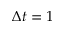
\Delta t = 1